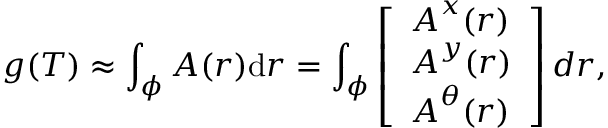
g ( T ) \approx \int _ { \phi } { \boldsymbol { A } ( \boldsymbol { r } ) \mathrm { d } \boldsymbol { r } } = \int _ { \phi } \left[ \begin{array} { l } { \boldsymbol { A } ^ { x } ( \boldsymbol { r } ) } \\ { \boldsymbol { A } ^ { y } ( \boldsymbol { r } ) } \\ { \boldsymbol { A } ^ { \theta } ( \boldsymbol { r } ) } \end{array} \right] d \boldsymbol { r } ,